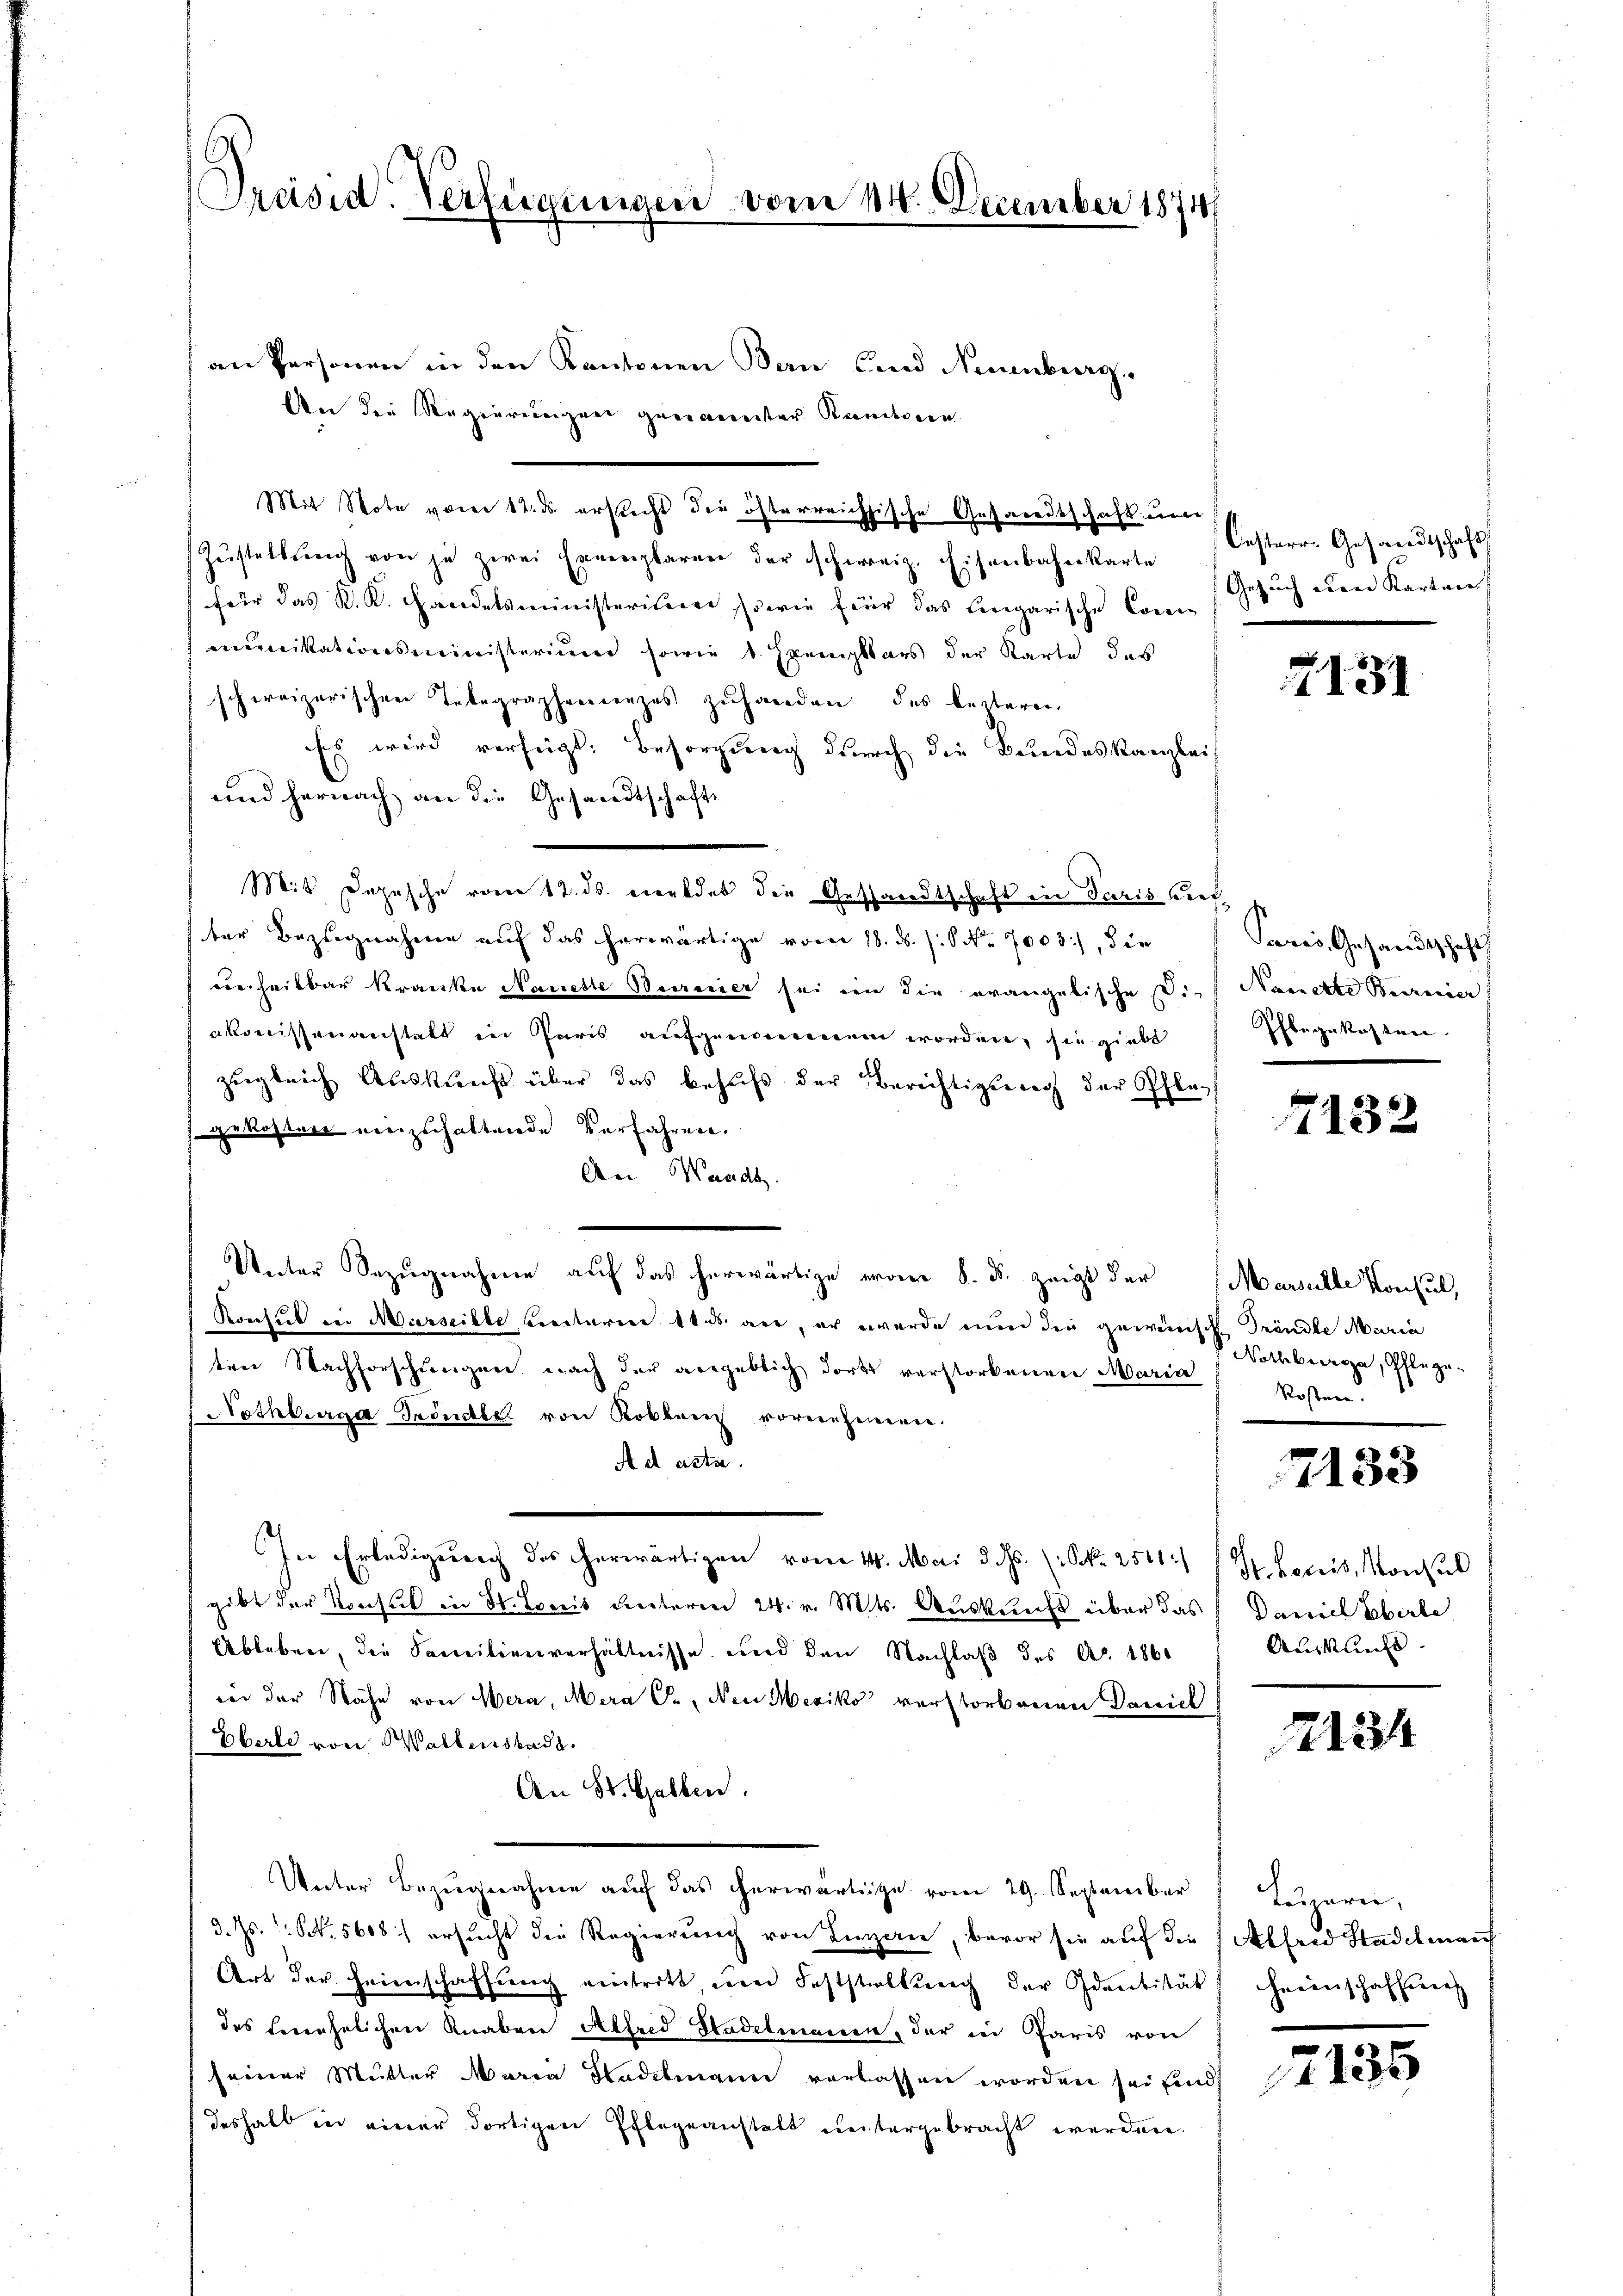
Preisid. Verfügungen vom 14. December 1874

an Personen in den Kantonen Bau und Neuenburg.
An die Regierungen geniameter Randerein
Mit Note vom 12. ds. ersucht die österreichische Gesandtschaft um
Zŭstellŭng von je zwei Exemplaren der schweiz. Eisenbahnkarte
für das K. K. Handelsministerium sowie für das Eingarische Com.-Gesuch den Karten
mmunikationsministerium sowie 1. Exemplars der Karte des
schweizerischen Telegraphenanzes zŭhanden des Leiterer
Es wird verfügt: Besorgung durch die Bundeskanzleis
und hernach an die Gesandtschafts
Mit Depesche vom 12. ds. meldet die Gesandtschaft in Paris Lief
ter Bezugnahme auf das herwärtige vom 18. ds. s. S. Nr. 7003), die
ederheilbar kranke Nanette Beerenier sei ein die evangelische Die Nanette Bedenier
akomissananstatt in Paris aufgenommen worden, sie giebt
zugleich Auskunft über das behŭfs der Berichtigung der Pfle-
gekosten einzuhaltende Verfahren.
An Waadt.
Unter Bezugnahme auf das herwärtige erner 8. d. zeigt der Marschte Konsul,
Konsul in Merseille ventarere 18 d. an, er werde nun den geweinsche Trändle Maria
ten Nachforschungen nach der angeblich dort verstorbenen Maria
Nothburg Tröndler von Koblem vornehmen.
Ad acte.
In Erledigung des erwärtigen vom 14. Mai d. d. (Frk. 2511.
gibt der Konsul in St. Louis Freiteren 24. v. Mts. Auskunft über das Daniel Oberle
Ableben, die Familienverhältnisse und den Nachlaß des Ao. 1860
wer der Nähe von Wera, Mara C., den Mesiko verstorbenen Darich
Eberle von Waltenstadt.
An St. Gallen.
Unter Bezugnahme auf das herwärtige vom 29. September
d. Js. S. 5608) ersucht die Regierung von Lizan, bevor sie auf die Alfred Stadelman
Art der Heimschaffŭng eintritt ŭm Feststellŭng der Identität Heimschaffung
des Benehelichen Knaben Alfred Stadelmanen, der in Paris von
seiner Mutter Maria Hadelmann verlassen worden sei sind,
deshalb in einer dortigen Pflegeanstalt untergebracht werden.

Oesterr. Gesandtschaft

7131

aris, Gesandtschaft
Pflegekosten.

4132

Nothburg, Pflege¬
Kosten.

7133

Dr. Lociis, Konsul
Auskunft

2134

Luzern,

2135